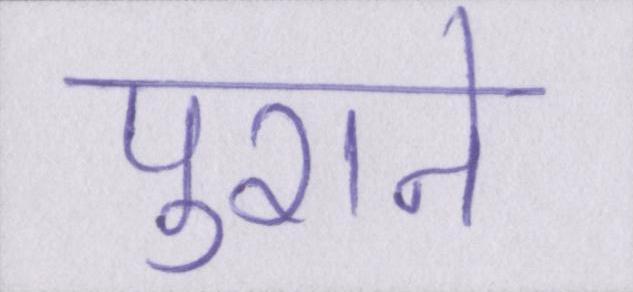
पुराने